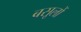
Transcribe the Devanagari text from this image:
बसूलों